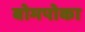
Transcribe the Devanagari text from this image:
बोमपोका